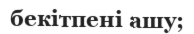
бекітпені ашу;